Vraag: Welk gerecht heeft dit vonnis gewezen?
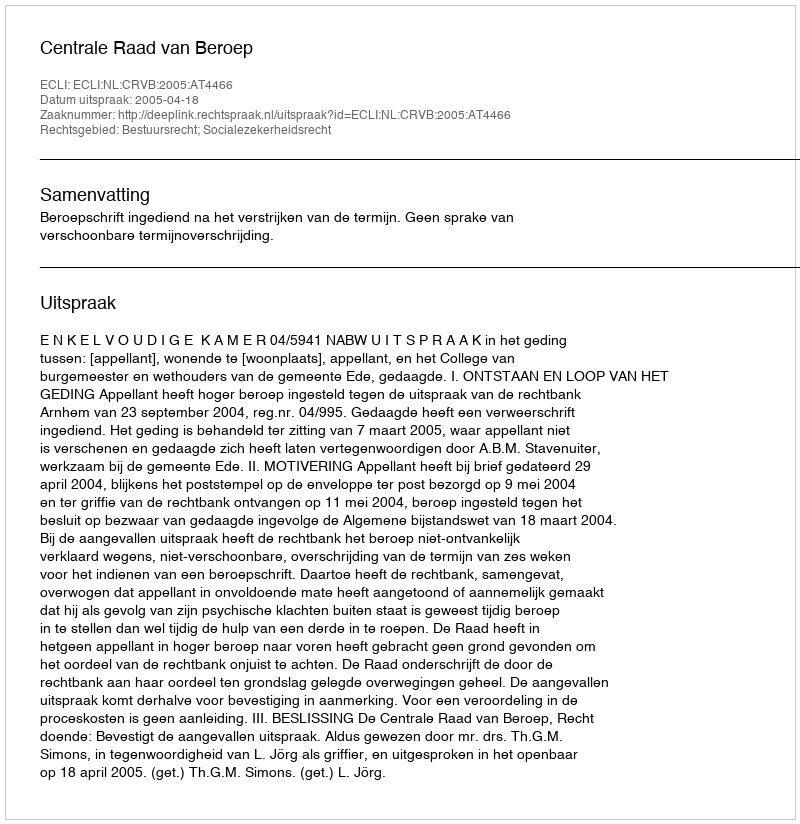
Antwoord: Centrale Raad van Beroep